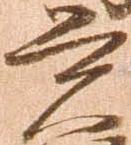
覚